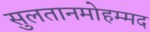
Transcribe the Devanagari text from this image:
सुलतानमोहम्मद